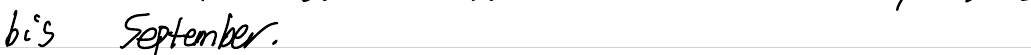
bis September.